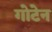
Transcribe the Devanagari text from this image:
गोटेन